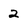
Character: 2